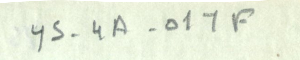
ys-4A-011F